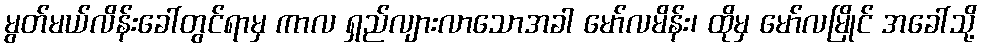
မွတ်မယ်လိန်းခေါ်တွင်ရာမှ ကာလ ရှည်လျားလာသောအခါ မော်လမိန်း၊ ထိုမှ မော်လမြိုင် အခေါ်သို့